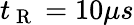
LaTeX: t_{\mathrm{~R~}}=10\mu s